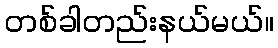
တစ်ခါတည်းနယ်မယ်။